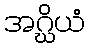
အဂ္ဃိယံ